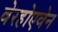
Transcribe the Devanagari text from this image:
वेरहोएवेन